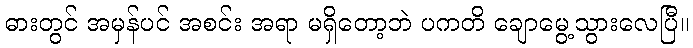
ဓားတွင် အမှန်ပင် အစင်း အရာ မရှိတော့ဘဲ ပကတိ ချောမွေ့သွားလေပြီ။